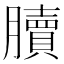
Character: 𦢌